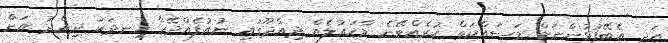
އަދި އެބޭފުޅުންނަށް މަސައްކަތް ކުރެއްވޭނެ މާހައުލެއް ދިއްދޫގައި ނުއުފެއްދޭހާ ހިނދަކު ދިއްދު އަށް